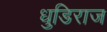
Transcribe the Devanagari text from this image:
धुडिराज